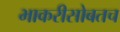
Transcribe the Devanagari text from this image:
भाकरीसोबतच